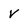
Character: v